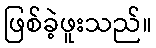
ဖြစ်ခဲ့ဖူးသည်။